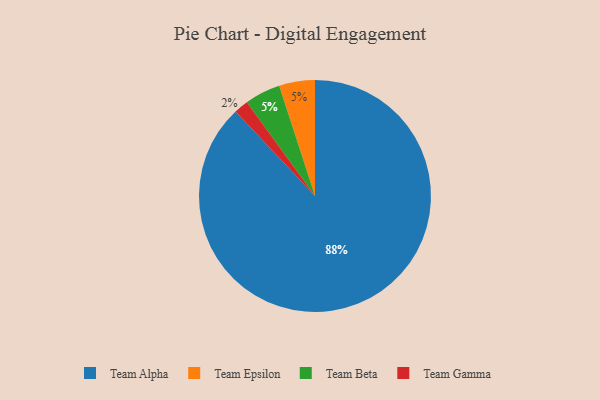
{"axis": {"x": "Category", "y": "Percentage"}, "legend": ["Team Alpha", "Team Beta", "Team Epsilon", "Team Gamma"], "data": [{"x": "Team Epsilon", "y": 5, "type": "Team Epsilon"}, {"x": "Team Gamma", "y": 2, "type": "Team Gamma"}, {"x": "Team Beta", "y": 5, "type": "Team Beta"}, {"x": "Team Alpha", "y": 88, "type": "Team Alpha"}]}